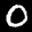
Label: 0